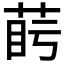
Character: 𦲰